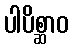
ပါပိစ္ဆာဝ